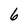
Character: 6